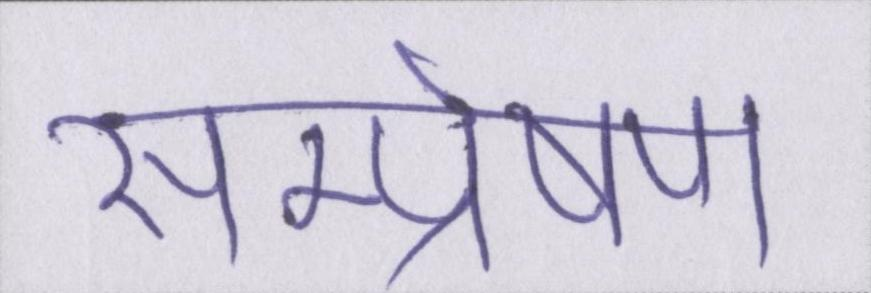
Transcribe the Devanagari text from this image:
सम्प्रेषण